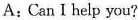
A: Can I help you?